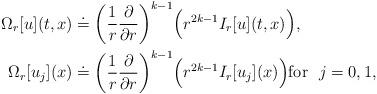
LaTeX: \begin{align*}\Omega_r[u](t,x) &\doteq \bigg(\frac{1}{r}\frac{\partial}{\partial r}\bigg)^{k-1}\Big(r^{2k-1} I_r[u](t,x)\Big), \\\Omega_r[u_j](x) &\doteq \bigg(\frac{1}{r}\frac{\partial}{\partial r}\bigg)^{k-1}\Big(r^{2k-1} I_r[u_j](x)\Big) \mbox{for} \ \ j=0,1, \end{align*}